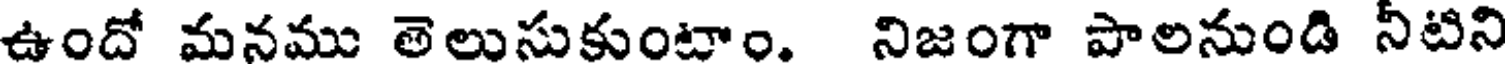
ఉందో మనము తెలుసుకుంటాం. నిజంగా పాలనుండి నీటిని